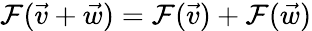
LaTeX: \mathcal{F}({\vec{{v}}}+{\vec{{w}}})=\mathcal{F}({\vec{{v}}})+\mathcal{F}({\vec{{w}}})